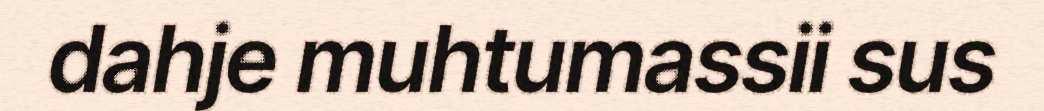
dahje muhtumassii sus